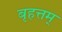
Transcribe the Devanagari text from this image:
बृहत्तम्